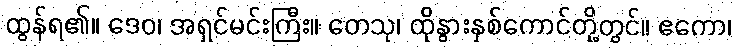
ထွန်ရ၏။ ဒေဝ၊ အရှင်မင်းကြီး။ တေသု၊ ထိုနွားနှစ်ကောင်တို့တွင်။ ဧကော၊